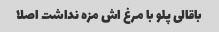
باقالی پلو با مرغ اش مزه نداشت اصلا